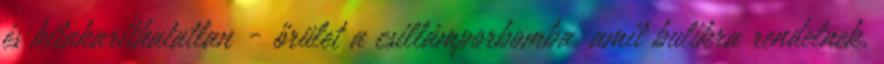
és kitakaríthatatlan - őrület a csillámporbomba, amit bulikra rendelnek.